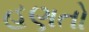
હણતો